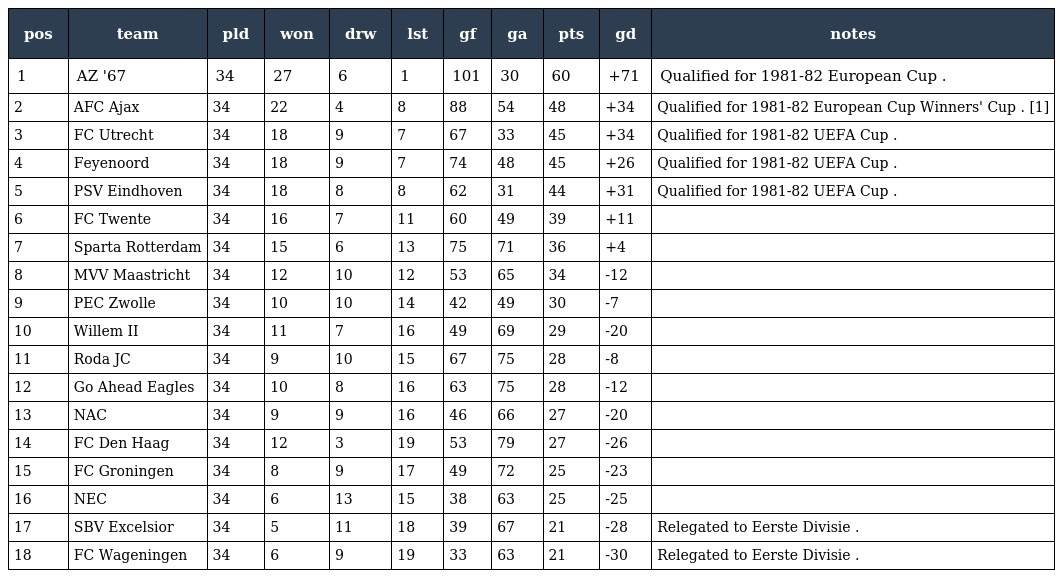
| pos | team | pld | won | drw | lst | gf | ga | pts | gd | notes |
 | --- | --- | --- | --- | --- | --- | --- | --- | --- | --- | --- |
 | 1 | AZ '67 | 34 | 27 | 6 | 1 | 101 | 30 | 60 | +71 | Qualified for 1981-82 European Cup . |
 | 2 | AFC Ajax | 34 | 22 | 4 | 8 | 88 | 54 | 48 | +34 | Qualified for 1981-82 European Cup Winners' Cup . [1] |
 | 3 | FC Utrecht | 34 | 18 | 9 | 7 | 67 | 33 | 45 | +34 | Qualified for 1981-82 UEFA Cup . |
 | 4 | Feyenoord | 34 | 18 | 9 | 7 | 74 | 48 | 45 | +26 | Qualified for 1981-82 UEFA Cup . |
 | 5 | PSV Eindhoven | 34 | 18 | 8 | 8 | 62 | 31 | 44 | +31 | Qualified for 1981-82 UEFA Cup . |
 | 6 | FC Twente | 34 | 16 | 7 | 11 | 60 | 49 | 39 | +11 |  |
 | 7 | Sparta Rotterdam | 34 | 15 | 6 | 13 | 75 | 71 | 36 | +4 |  |
 | 8 | MVV Maastricht | 34 | 12 | 10 | 12 | 53 | 65 | 34 | -12 |  |
 | 9 | PEC Zwolle | 34 | 10 | 10 | 14 | 42 | 49 | 30 | -7 |  |
 | 10 | Willem II | 34 | 11 | 7 | 16 | 49 | 69 | 29 | -20 |  |
 | 11 | Roda JC | 34 | 9 | 10 | 15 | 67 | 75 | 28 | -8 |  |
 | 12 | Go Ahead Eagles | 34 | 10 | 8 | 16 | 63 | 75 | 28 | -12 |  |
 | 13 | NAC | 34 | 9 | 9 | 16 | 46 | 66 | 27 | -20 |  |
 | 14 | FC Den Haag | 34 | 12 | 3 | 19 | 53 | 79 | 27 | -26 |  |
 | 15 | FC Groningen | 34 | 8 | 9 | 17 | 49 | 72 | 25 | -23 |  |
 | 16 | NEC | 34 | 6 | 13 | 15 | 38 | 63 | 25 | -25 |  |
 | 17 | SBV Excelsior | 34 | 5 | 11 | 18 | 39 | 67 | 21 | -28 | Relegated to Eerste Divisie . |
 | 18 | FC Wageningen | 34 | 6 | 9 | 19 | 33 | 63 | 21 | -30 | Relegated to Eerste Divisie . |